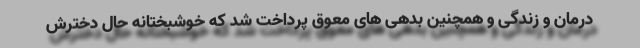
درمان و زندگی و همچنین بدهی های معوق پرداخت شد که خوشبختانه حال دخترش